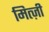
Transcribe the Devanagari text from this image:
मित्ज़ी